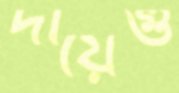
দায়েগু